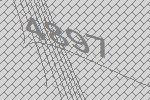
4897